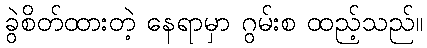
ခွဲစိတ်ထားတဲ့ နေရာမှာ ဂွမ်းစ ထည့်သည်။